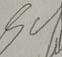
Signature authenticity: forged